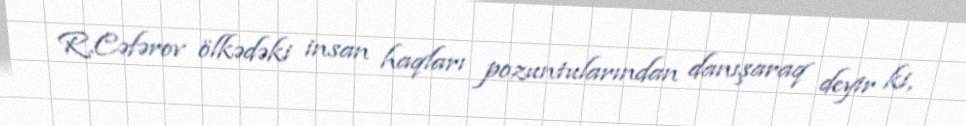
R.Cəfərov ölkədəki insan haqları pozuntularından danışaraq deyir ki,